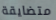
متضايقة